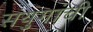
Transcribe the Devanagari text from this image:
संयुगांची